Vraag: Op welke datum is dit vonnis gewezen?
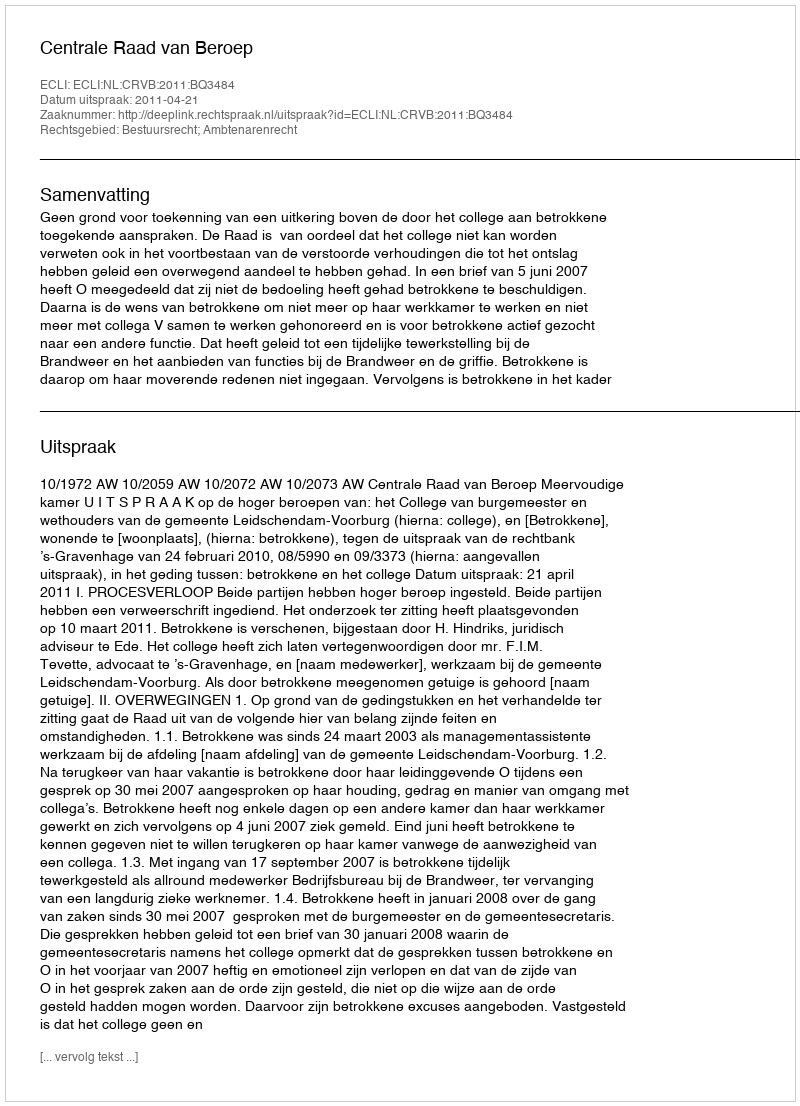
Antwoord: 2011-04-21